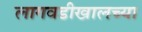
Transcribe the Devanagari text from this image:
लागवडीखालच्या